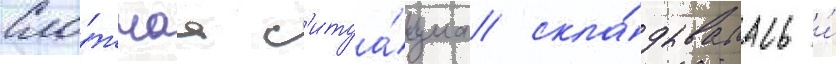
Сло́жнаа с'итуа́циа скла́дывалась и́